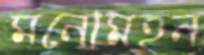
মনোমহন